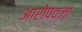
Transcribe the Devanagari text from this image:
आरोपवजा